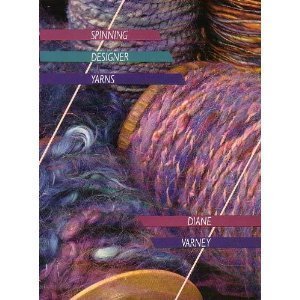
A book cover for Spinning Designer Yarns; Diane Varney; Crafts, Hobbies & Home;